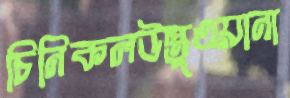
চিনিকলউস্তুওয়ানা